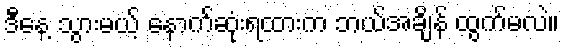
ဒီနေ့ သွားမယ့် နောက်ဆုံးရထားက ဘယ်အချိန် ထွက်မလဲ။